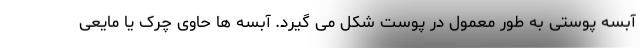
آبسه پوستی به طور معمول در پوست شکل می گیرد. آبسه ها حاوی چرک یا مایعی